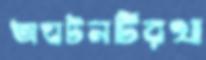
অঘটনটিরথা